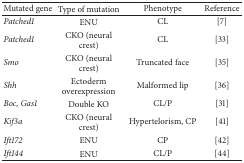
| Mutated gene | Type of mutation | Phenotype | Reference |
 | --- | --- | --- | --- |
 | Patched1 | ENU | CL | [7] |
 | Patched1 | CKO (neural crest) | CL | [33] |
 | Smo | CKO (neural crest) | Truncated face | [35] |
 | Shh | Ectoderm overexpression | Malformed lip | [36] |
 | Boc, Gas1 | Double KO | CL/P | [31] |
 | Kif3a | CKO (neural crest) | Hypertelorism, CP | [41] |
 | Ift172 | ENU | CP | [42] |
 | Ift144 | ENU | CL/P | [44] |